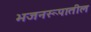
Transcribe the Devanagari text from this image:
भजनरूपातील